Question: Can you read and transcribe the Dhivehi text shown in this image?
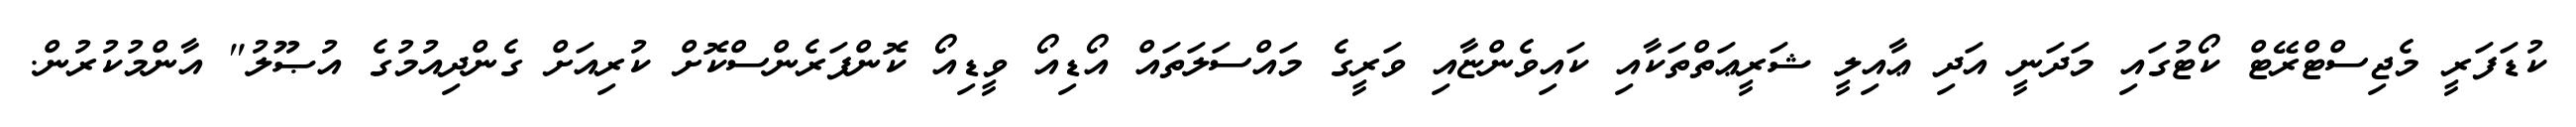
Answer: ކުޑަފަރީ މެޖިސްޓްރޭޓް ކޯޓުގައި މަދަނީ އަދި ޢާއިލީ ޝަރީޢަތްތަކާއި ކައިވެންޏާއި ވަރީގެ މައްސަލަތައް އޯޑިއޯ ވީޑިއޯ ކޮންފަރެންސްކޮށް ކުރިއަށް ގެންދިއުމުގެ އުޞޫލު" އާންމުކުރުން.